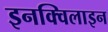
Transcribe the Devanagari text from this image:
इनक्विलाइन